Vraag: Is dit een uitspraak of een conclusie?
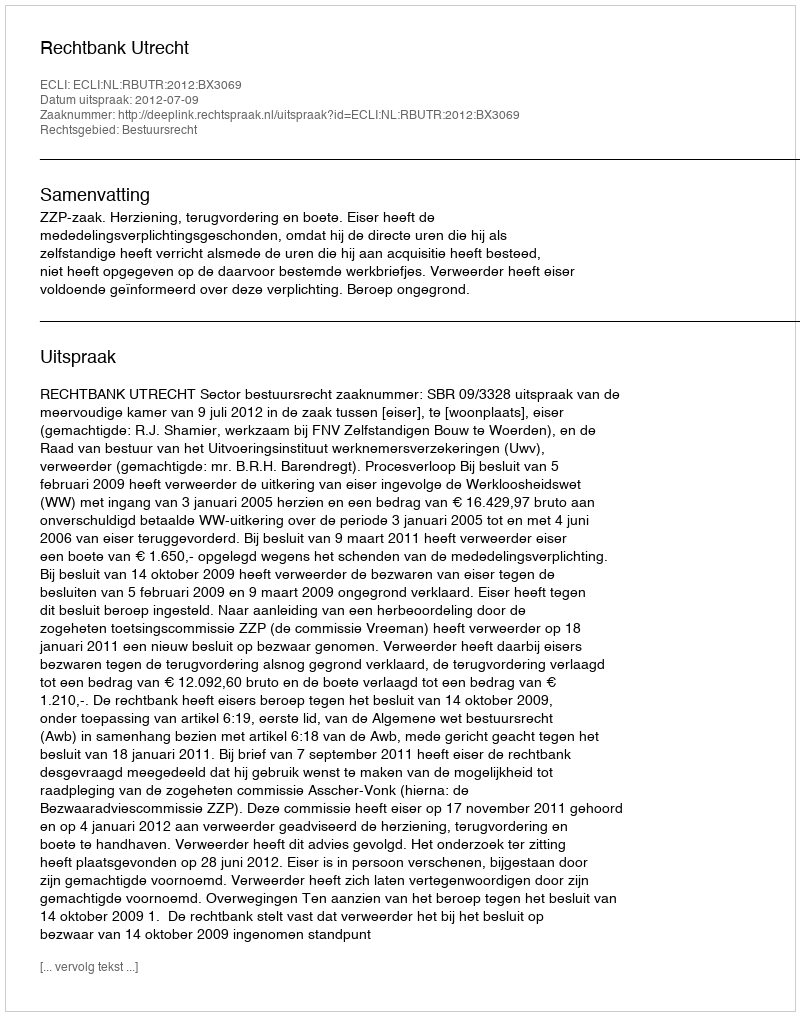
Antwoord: Uitspraak